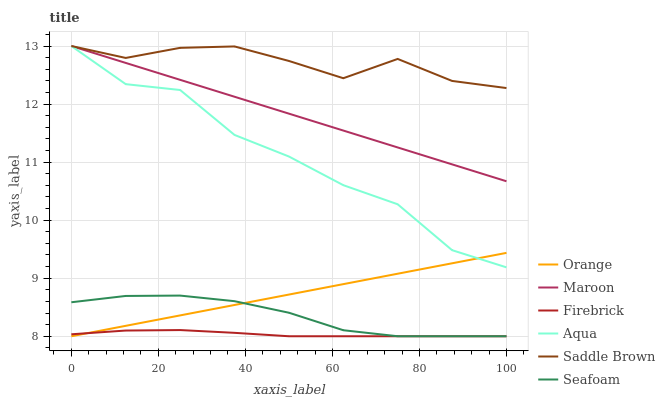
| xaxis_label | Orange | Maroon | Firebrick | Aqua | Saddle Brown | Seafoam |
 | --- | --- | --- | --- | --- | --- | --- |
 | 0 | 8 | 13 | 8.03 | 13 | 13 | 8.59 |
 | 12.5 | 8.18 | 12.7 | 8.1 | 12.3 | 12.8 | 8.69 |
 | 25 | 8.36 | 12.4 | 8.11 | 12.2 | 13 | 8.7 |
 | 37.5 | 8.54 | 12.1 | 8.06 | 11.5 | 13 | 8.6 |
 | 50 | 8.72 | 11.8 | 8 | 11.1 | 12.7 | 8.41 |
 | 62.5 | 8.9 | 11.5 | 8 | 10.6 | 12.4 | 8.1 |
 | 75 | 9.08 | 11.3 | 8 | 10.3 | 12.8 | 8 |
 | 87.5 | 9.26 | 11 | 8 | 9.48 | 12.4 | 8 |
 | 100 | 9.44 | 10.7 | 8 | 9.19 | 12.3 | 8 |